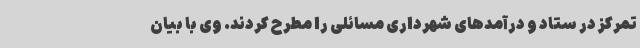
تمرکز در ستاد و درآمدهای شهرداری مسائلی را مطرح کردند. وی با بیان